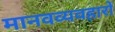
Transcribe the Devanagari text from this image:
मानवव्यवहारों